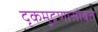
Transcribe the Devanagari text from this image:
दृकमुद्रणासोबत